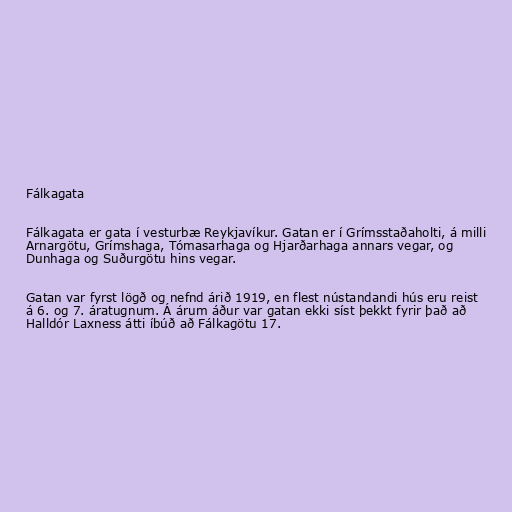
Fálkagata

Fálkagata er gata í vesturbæ Reykjavíkur. Gatan er í Grímsstaðaholti, á milli
Arnargötu, Grímshaga, Tómasarhaga og Hjarðarhaga annars vegar, og
Dunhaga og Suðurgötu hins vegar.

Gatan var fyrst lögð og nefnd árið 1919, en flest nústandandi hús eru reist
á 6. og 7. áratugnum. Á árum áður var gatan ekki síst þekkt fyrir það að
Halldór Laxness átti íbúð að Fálkagötu 17.